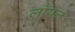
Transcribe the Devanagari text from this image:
लाॅयल